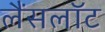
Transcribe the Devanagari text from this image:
लैंसलॉट